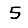
Digit: 5